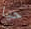
حيا